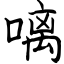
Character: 𠻗